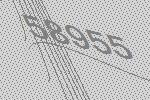
58955